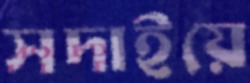
সদাইয়ে